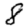
Digit: 8